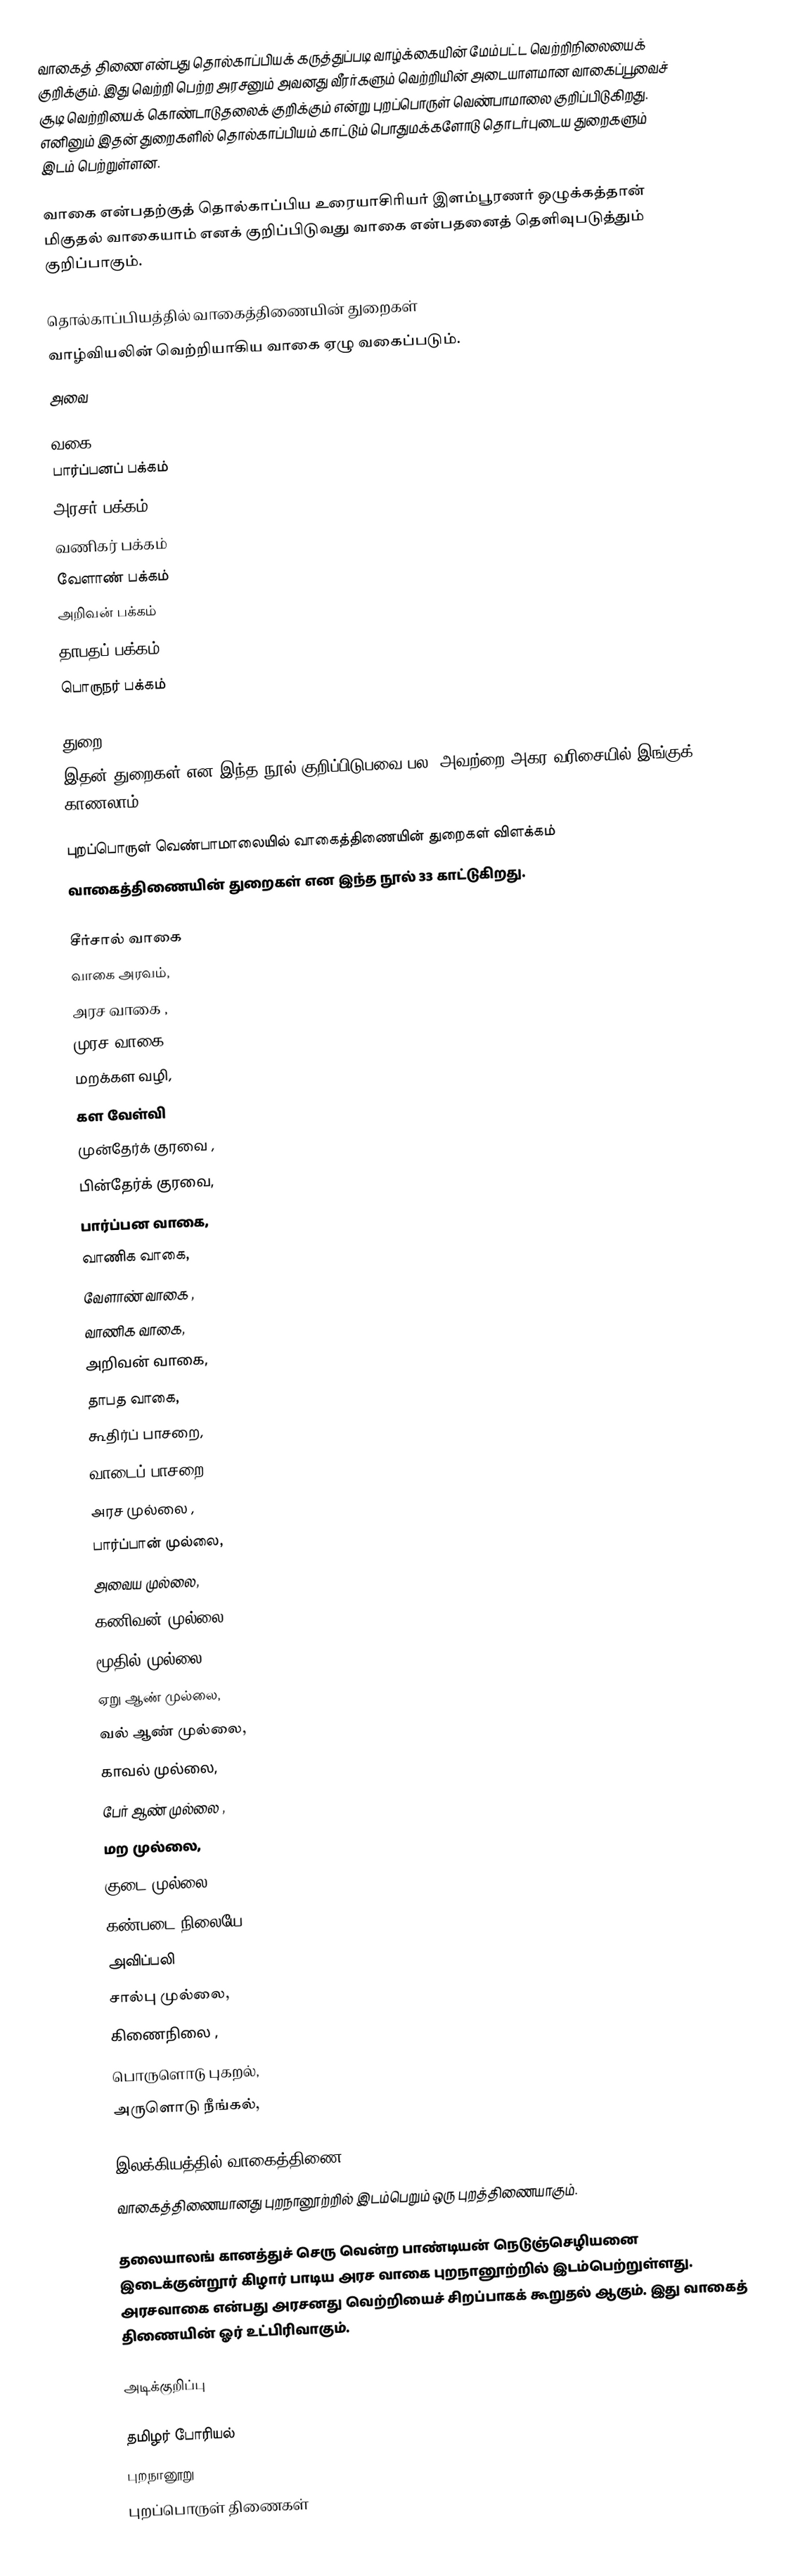
வாகைத் திணை என்பது தொல்காப்பியக் கருத்துப்படி வாழ்க்கையின் மேம்பட்ட வெற்றிநிலையைக் குறிக்கும். இது வெற்றி பெற்ற அரசனும் அவனது வீரர்களும் வெற்றியின் அடையாளமான வாகைப்பூவைச் சூடி வெற்றியைக் கொண்டாடுதலைக் குறிக்கும் என்று புறப்பொருள் வெண்பாமாலை குறிப்பிடுகிறது. எனினும் இதன் துறைகளில் தொல்காப்பியம் காட்டும் பொதுமக்களோடு தொடர்புடைய துறைகளும் இடம் பெற்றுள்ளன.

வாகை என்பதற்குத் தொல்காப்பிய உரையாசிரியர் இளம்பூரணர் ஒழுக்கத்தான் மிகுதல் வாகையாம் எனக் குறிப்பிடுவது வாகை என்பதனைத் தெளிவுபடுத்தும் குறிப்பாகும்.

தொல்காப்பியத்தில் வாகைத்திணையின் துறைகள்
வாழ்வியலின் வெற்றியாகிய வாகை ஏழு வகைப்படும்.
அவை

வகை
 பார்ப்பனப் பக்கம்
 அரசர் பக்கம்
 வணிகர் பக்கம்
 வேளாண் பக்கம்
 அறிவன் பக்கம்
 தாபதப் பக்கம்
 பொருநர் பக்கம்

துறை
இதன் துறைகள் என இந்த நூல் குறிப்பிடுபவை பல. அவற்றை அகர வரிசையில் இங்குக் காணலாம்.

புறப்பொருள் வெண்பாமாலையில் வாகைத்திணையின் துறைகள் விளக்கம்
வாகைத்திணையின் துறைகள் என இந்த நூல் 33 காட்டுகிறது.

சீர்சால் வாகை
வாகை அரவம்,
அரச வாகை ,
முரச வாகை,
மறக்கள வழி,
கள வேள்வி
முன்தேர்க் குரவை ,
பின்தேர்க் குரவை,
பார்ப்பன வாகை,
வாணிக வாகை,
வேளாண் வாகை ,
வாணிக வாகை,
அறிவன் வாகை,
தாபத வாகை,
கூதிர்ப் பாசறை,
வாடைப் பாசறை,
அரச முல்லை ,
பார்ப்பான் முல்லை,
அவைய முல்லை,
கணிவன் முல்லை,
மூதில் முல்லை,
ஏறு ஆண் முல்லை,
வல் ஆண் முல்லை,
காவல் முல்லை,
பேர் ஆண் முல்லை ,
மற முல்லை,
குடை முல்லை
கண்படை நிலையே,
அவிப்பலி
சால்பு முல்லை,
கிணைநிலை ,
பொருளொடு புகறல்,
அருளொடு நீங்கல்,

இலக்கியத்தில் வாகைத்திணை
வாகைத்திணையானது புறநானூற்றில் இடம்பெறும் ஒரு புறத்திணையாகும்.

தலையாலங் கானத்துச் செரு வென்ற பாண்டியன் நெடுஞ்செழியனை இடைக்குன்றூர் கிழார் பாடிய அரச வாகை புறநானூற்றில் இடம்பெற்றுள்ளது. அரசவாகை என்பது அரசனது வெற்றியைச் சிறப்பாகக் கூறுதல் ஆகும். இது வாகைத் திணையின் ஓர் உட்பிரிவாகும்.

அடிக்குறிப்பு

தமிழர் போரியல்
புறநானூறு
புறப்பொருள் திணைகள்